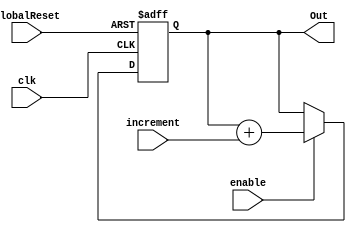
module accumulator (clk, GlobalReset, enable, increment, Out);
	input clk;
	input GlobalReset;
	input enable;
	input [25:0] increment;
	output reg [25:0] Out; 
	
	always @ (posedge clk or posedge GlobalReset) begin
		if (GlobalReset) begin
			Out <= 25'b0;
		end
		else if(enable) begin
			Out <= Out + increment;
		end
		else begin
			Out <= Out;
		end
	end
endmodule